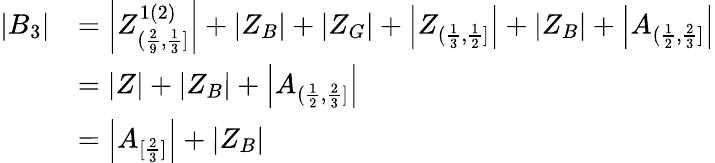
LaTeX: \begin{array}{rl}{|B_{3}|}&{=\left|Z_{(\frac{2}{9},\frac{1}{3}]}^{1(2)}\right|+|Z_{B}|+|Z_{G}|+\left|Z_{(\frac{1}{3},\frac{1}{2}]}\right|+|Z_{B}|+\left|A_{(\frac{1}{2},\frac{2}{3}]}\right|}\\ &{=|Z|+|Z_{B}|+\left|A_{(\frac{1}{2},\frac{2}{3}]}\right|}\\ &{=\left|A_{[\frac{2}{3}]}\right|+|Z_{B}|}\end{array}